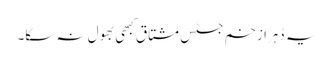
یہ دُہرا زخم جسٹس مشتاق کبھی بھول نہ سکا۔